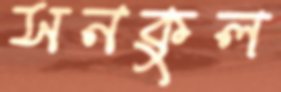
সনকুল